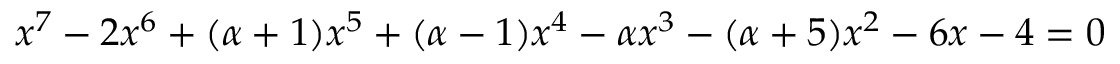
x ^ { 7 } - 2 x ^ { 6 } + ( \alpha + 1 ) x ^ { 5 } + ( \alpha - 1 ) x ^ { 4 } - \alpha x ^ { 3 } - ( \alpha + 5 ) x ^ { 2 } - 6 x - 4 = 0